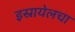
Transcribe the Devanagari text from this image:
इस्रायेलचा